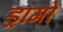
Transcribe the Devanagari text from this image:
ड्रांगो